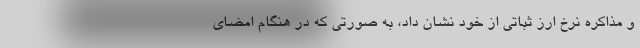
و مذاکره نرخ ارز ثباتی از خود نشان داد، به صورتی که در هنگام امضای